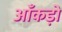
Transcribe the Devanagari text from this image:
आँकडो़